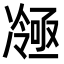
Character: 𭂤